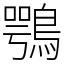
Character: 鶚